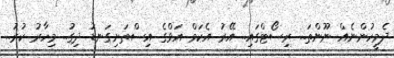
ދެމީހުންނެއް ނޫންތަ.. ރިސޯޓްގައި.. އޭރު އެކަމް އަވްގެ އިސްތަށިގަނޑު ދިގު.. މިހާރު ކުރު..